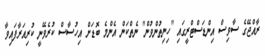
ރާއްޖޭގެ ސާވިސް އިންޑަސްޓްރީގައި "ހިނިތުންވުން" ނެތްކަން އެންމެ ބޮޑަށް އިހުސާސް ކުރެވޭނީ ކުރިއަރާފައިވާ